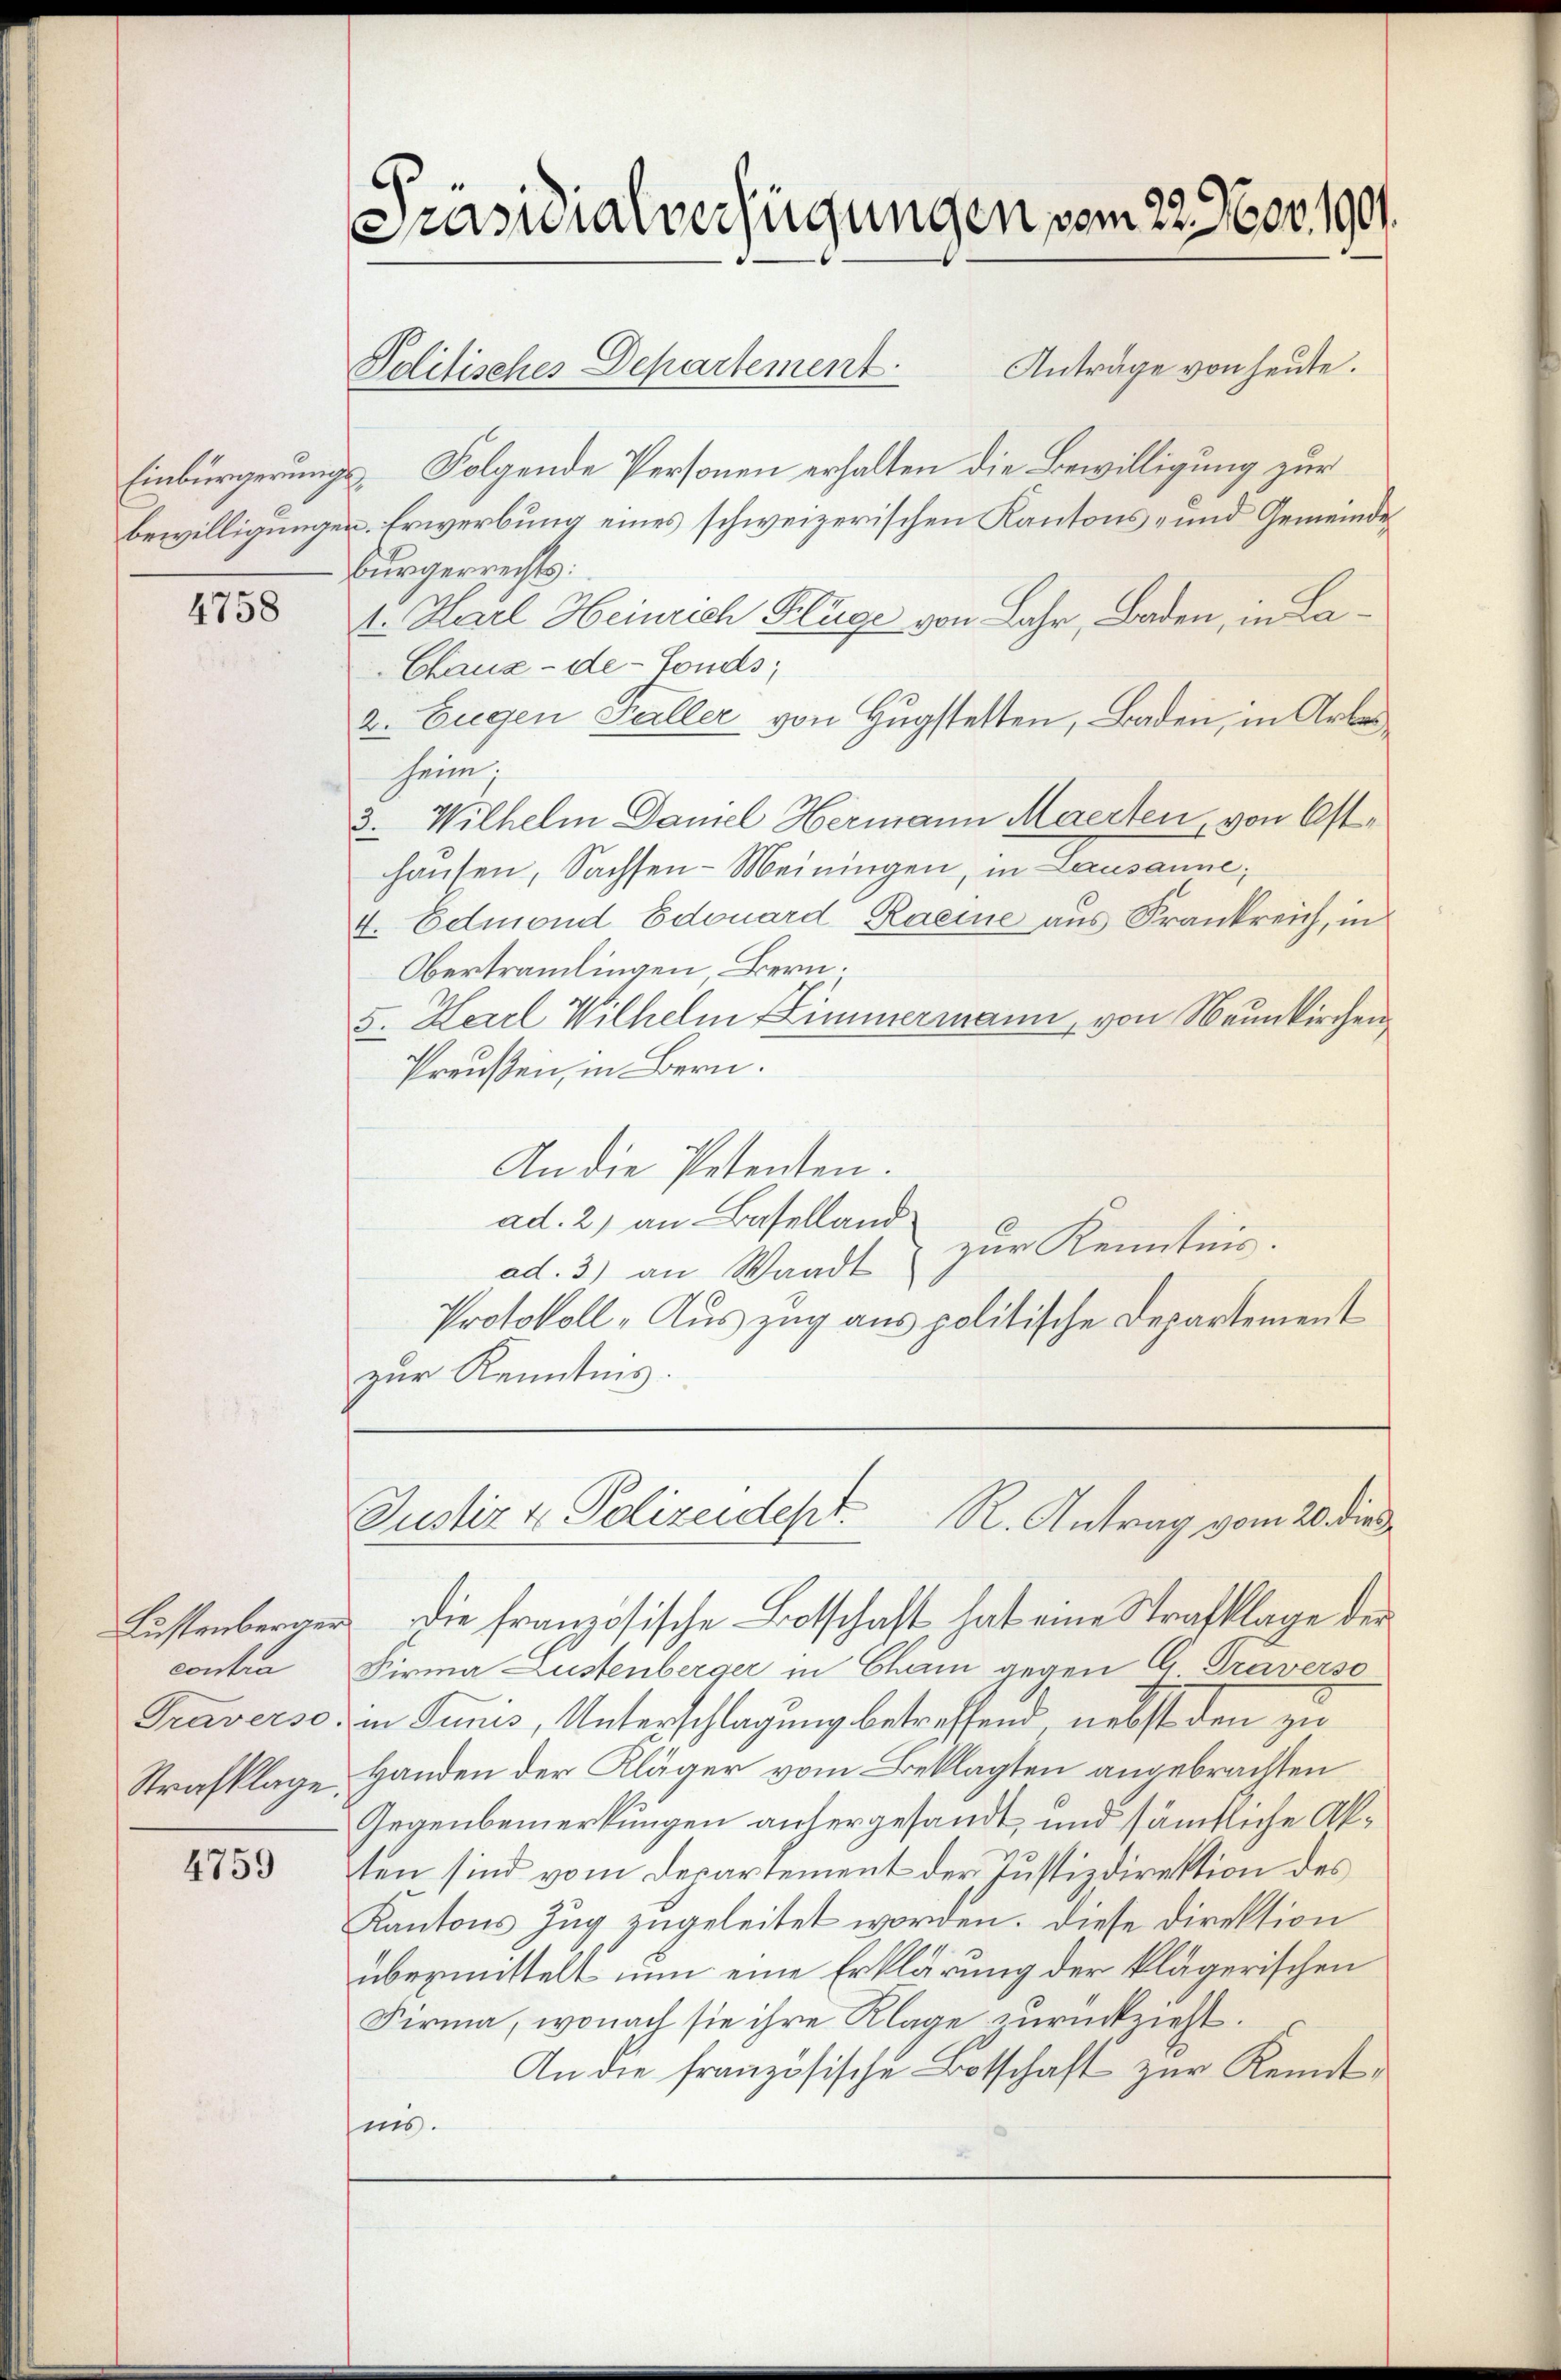
Einbürgerungs
bewilligungen

4758

Lüstenberger
contra
Traverso
Strafklage.

4759

Präsidialverfügungen vom 22. Nov. 1901.

Anträge von heute.
Politisches Departement.
 Folgende Personen erhalten die Bewilligung zur
. Erwerbung eines schweizerischen Kantons- und Gemeinde¬
Bürgerrechts:
4. Harl Heinrich Flüge von Lahr, Baden, in La¬
Chaux-de-Fonds;
2. Eugen Faller von Hugstelten, Baden, in Arbeiheim;
3. Wilhelm Damel Hermann Maerten, von Osthausen, Sachsen-Meiningen, in Lausanne;
4. Edmond Edouard Raeine aus Frankreich, in
Obertramlingen Bern.
5. Karl Wilhelm Zimmermann, von Neunkirchen
Preußen, in Bern.
An die Petenten.
ad. 2, an Baselland
zur Kenntnis.
ad. 3) an Waadt
Protokoll - Auszug aus politische Departement
zur Kenntnis.

Justiz & Polizeidept. R. Antrag vom 20. die

die französische Botschaft, hat eine Strafklage der
Firma Lustenberger in Cham gegen Ci Traverso
in Junis, Unterschlagung betreffend nebst den zu
Handen der Kläger vom Beklagten angebrachten
Gegenbemerkungen antergesandt, und sämtliche Akten sind vom Departement der Justizdirektion des
Kantons Zug zugeleitet worden. Diese Direktion
übermittelt nun eine Erklärung der klägerischen
Firma, wonach sie ihre Klage zurückzieht.
An die französische Botschaft zur Kenntins.